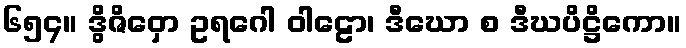
၆၅၄။ ဒွိဇိဝှော ဥရဂေါ ဝါဠော၊ ဒီဃော စ ဒီဃပိဋ္ဌိကော။